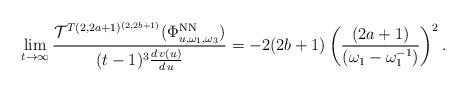
LaTeX: \begin{align*} \lim_{t\to\infty} \frac{\mathcal{T}^{T(2,2a+1)^{(2,2b+1)}}(\Phi^{\rm{NN}}_{u,\omega_1,\omega_3})}{(t-1)^3\frac{d\,v(u)}{d\,u}} = -2(2b+1) \left( \frac{(2a+1)}{(\omega_1-\omega_1^{-1})} \right)^2.\end{align*}